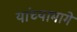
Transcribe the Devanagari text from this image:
यांच्यामागे